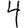
Digit: 4